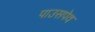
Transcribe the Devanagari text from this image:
पाउसपेव